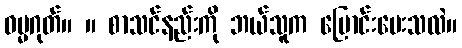
ဓမ္မဂုတ်။ ။ စာသင်နည်းကို ဘယ်သူက ပြောင်းပေးသလဲ။